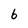
Character: 6